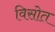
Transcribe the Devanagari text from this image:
विसोत